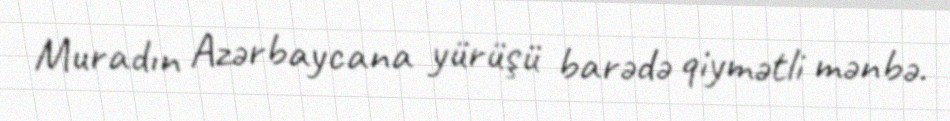
Muradın Azərbaycana yürüşü barədə qiymətli mənbə.